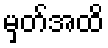
မှတ်အထိ